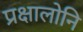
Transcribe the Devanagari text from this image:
प्रक्षालोनि